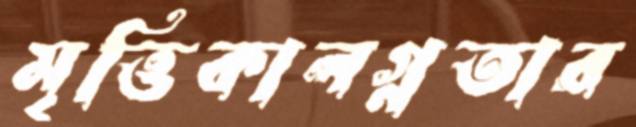
মৃত্তিকালগ্নতার